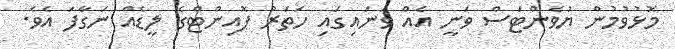
މޮޅުވުމުން ޔުވެންޓަސް ވަނީ އެއް ވަނައިގައި ހަތަރު ޕޮއިންޓްގެ ލީޑެއް ނަގާފަ އެވެ.